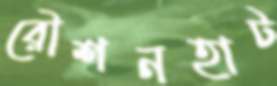
রৌশনহাট